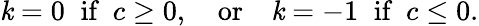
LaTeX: \mathit{k}=0\; \; \textrm{{if}}\; \; c\geq0,\quad\textrm{{or}}\quad\mathit{k}=-1\; \; \textrm{{if}}\; \; c\leq0.